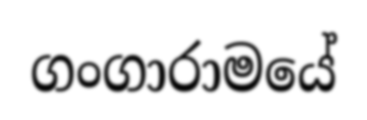
ගංගාරාමයේ